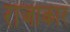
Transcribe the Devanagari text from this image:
राजाकार